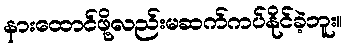
နားထောင်ဖို့လည်းမဆက်ကပ်နိုင်ခဲ့ဘူး။